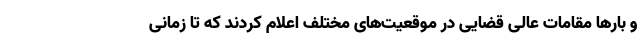
و بارها مقامات عالی قضایی در موقعیت‌های مختلف اعلام کردند که تا زمانی